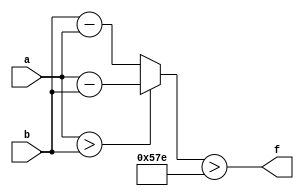
module wce_mit(a, b, f);
parameter _bit = 16;
parameter wce = 1406;
input [_bit - 1: 0] a;
input [_bit - 1: 0] b;
output f;
wire [_bit - 1: 0] diff;
assign diff = (a > b)? (a - b): (b - a);
assign f = (diff > wce);
endmodule